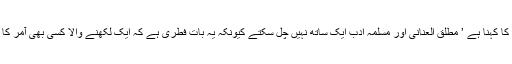
اسمٰعیل کدارے کا کہنا ہے ’ مطلق العنانی اور مسلمہ ادب ایک ساتھ نہیں چل سکتے کیونکہ یہ بات فطری ہے کہ ایک لکھنے والا کسی بھی آمر کا دشمن ہوتا ہے۔